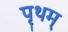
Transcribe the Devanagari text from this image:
पृथम्‌